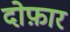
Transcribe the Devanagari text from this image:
दोफ़ार